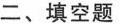
二、填空题